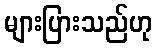
များပြားသည်ဟု